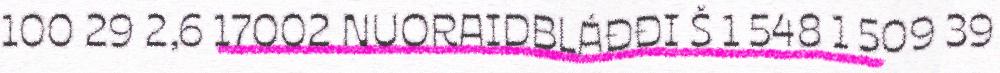
100 29 2,6 17002 NUORAIDBLÁĐĐI Š 1 548 1 509 39